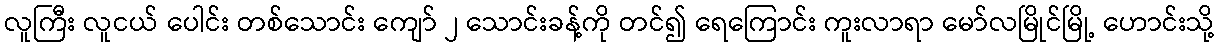
လူကြီး လူငယ် ပေါင်း တစ်သောင်း ကျော် ၂ သောင်းခန့်ကို တင်၍ ရေကြောင်း ကူးလာရာ မော်လမြိုင်မြို့ ဟောင်းသို့